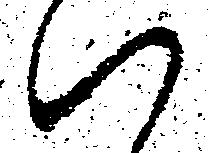
ハ